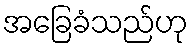
အခြေခံသည်ဟု